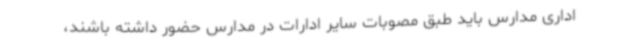
اداری مدارس باید طبق مصوبات سایر ادارات در مدارس حضور داشته باشند،